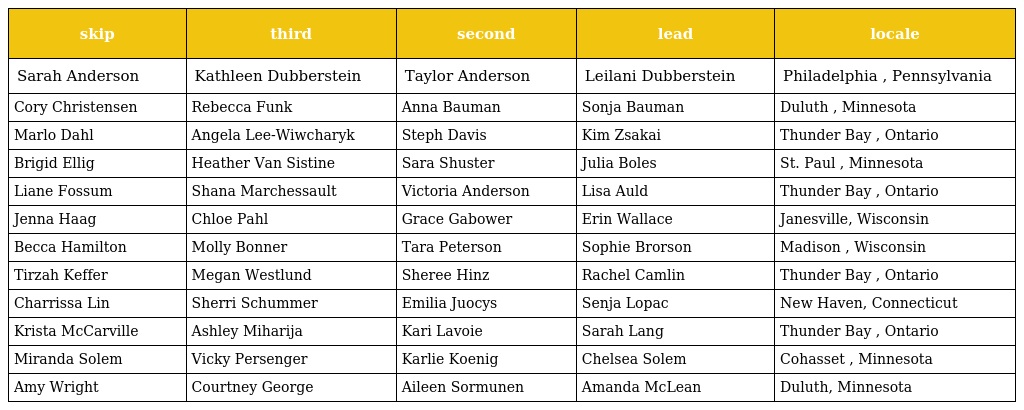
| skip | third | second | lead | locale |
 | --- | --- | --- | --- | --- |
 | Sarah Anderson | Kathleen Dubberstein | Taylor Anderson | Leilani Dubberstein | Philadelphia , Pennsylvania |
 | Cory Christensen | Rebecca Funk | Anna Bauman | Sonja Bauman | Duluth , Minnesota |
 | Marlo Dahl | Angela Lee-Wiwcharyk | Steph Davis | Kim Zsakai | Thunder Bay , Ontario |
 | Brigid Ellig | Heather Van Sistine | Sara Shuster | Julia Boles | St. Paul , Minnesota |
 | Liane Fossum | Shana Marchessault | Victoria Anderson | Lisa Auld | Thunder Bay , Ontario |
 | Jenna Haag | Chloe Pahl | Grace Gabower | Erin Wallace | Janesville, Wisconsin |
 | Becca Hamilton | Molly Bonner | Tara Peterson | Sophie Brorson | Madison , Wisconsin |
 | Tirzah Keffer | Megan Westlund | Sheree Hinz | Rachel Camlin | Thunder Bay , Ontario |
 | Charrissa Lin | Sherri Schummer | Emilia Juocys | Senja Lopac | New Haven, Connecticut |
 | Krista McCarville | Ashley Miharija | Kari Lavoie | Sarah Lang | Thunder Bay , Ontario |
 | Miranda Solem | Vicky Persenger | Karlie Koenig | Chelsea Solem | Cohasset , Minnesota |
 | Amy Wright | Courtney George | Aileen Sormunen | Amanda McLean | Duluth, Minnesota |